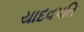
યાદવપતિ